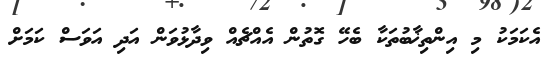
އެކަމަކު މި އިންތިޚާބުތަކާ ބެހޭ ގޮތުން އެއްޗެއް ވިދާޅުވަން އަދި އަވަސް ކަމަށް